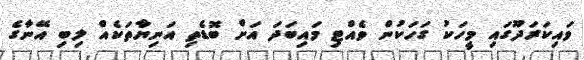
ވައިކަރަދޫގައި މީހަކު ގަހަކުން ވެއްޓި މައިބަދަ އަށް ބޮޑެތި އަނިޔާތަކެއް ލިބި އޭނާގެ